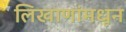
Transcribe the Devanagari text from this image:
लिखाणांमधून